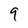
Character: 9